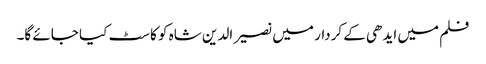
فلم میں ایدھی کے کردار میں نصیر الدین شاہ کو کاسٹ کیا جائے گا۔